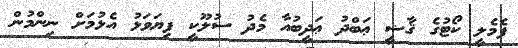
ފެމެލީ ކޯޓުގެ ޤާޟީ ޢަބްދު ޢަދީބުއާ މެދު ސުލޫކީ ފިޔަވަޅު އެޅުމަށް ނިންމުން